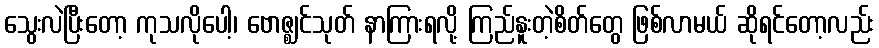
သွေးလဲပြီးတော့ ကုသလိုပေါ့၊ ဗောဇ္ဈင်သုတ် နာကြားရလို့ ကြည်နူးတဲ့စိတ်တွေ ဖြစ်လာမယ် ဆိုရင်တော့လည်း